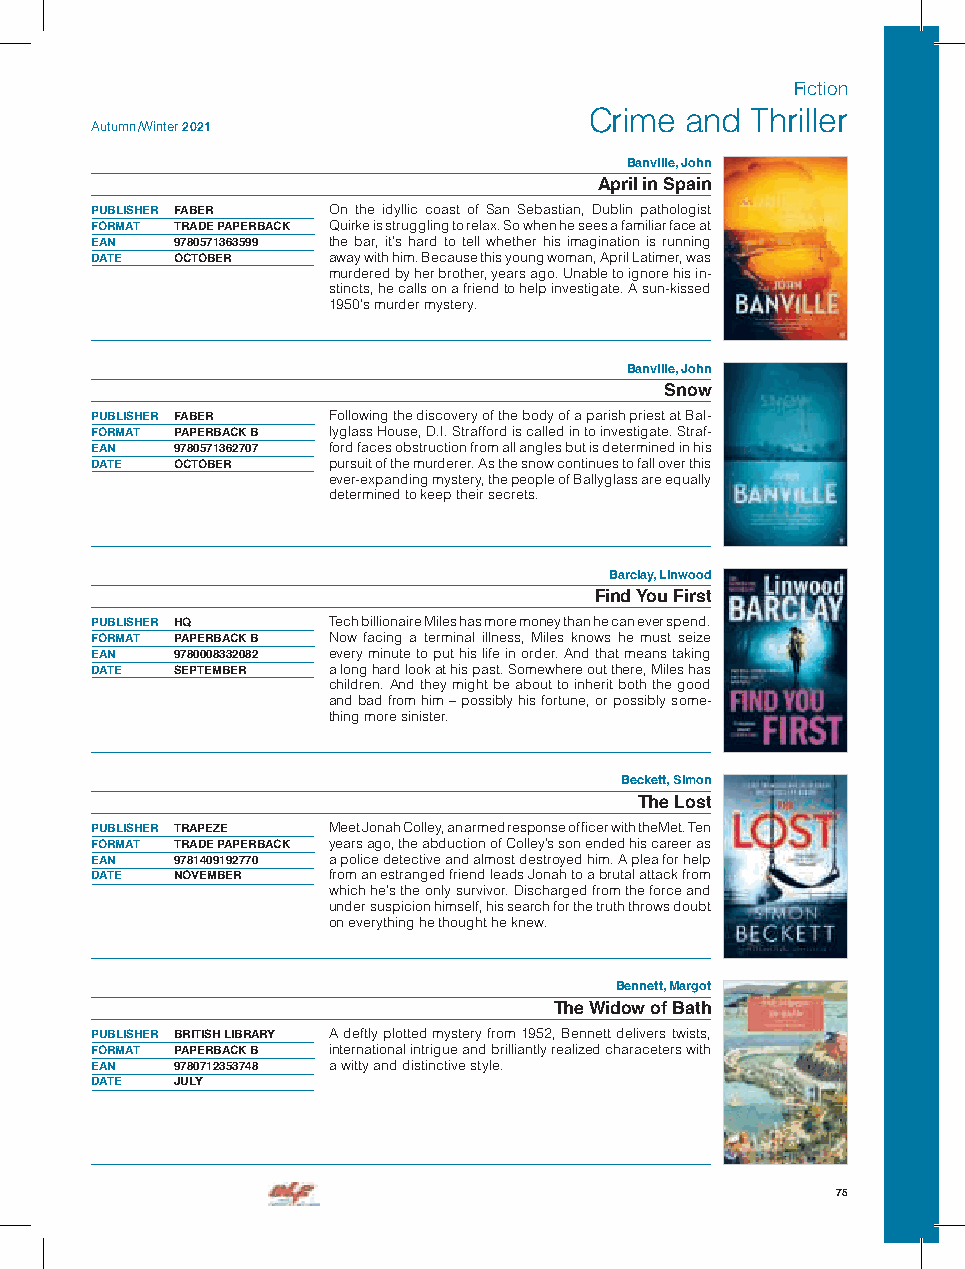
Fiction
 Crime and  Thriller
 Autumn /Winter 2021
 Banville, John
 April in Spain
 PUBLISHER FABER On the idyllic coast of San Sebastian, Dublin pathologist
 FORMAT TRADE PAPERBACK Quirke is struggling to relax. So when he sees a familiar face at
 EAN  9780571363599 the bar, it’s hard to tell whether his imagination is running
 DATE OCTOBER    away with him. Because this young woman, April Latimer, was
 murdered by her brother, years ago. Unable to ignore his in-
 stincts, he calls on a friend to help investigate. A sun-kissed
 1950’s murder mystery.
 Banville, John
 Snow
 PUBLISHER FABER Following the discovery of the body of a parish priest at Bal-
 FORMAT PAPERBACK B lyglass House, D.I. Strafford is called in to investigate. Straf-
 EAN  9780571362707 ford faces obstruction from all angles but is determined in his
 DATE OCTOBER    pursuit of the murderer. As the snow continues to fall over this
 ever-expanding mystery, the people of Ballyglass are equally
 determined to keep their secrets.
 Barclay, Linwood
 Find You First
 PUBLISHER HQ    Tech billionaire Miles has more money than he can ever spend.
 FORMAT PAPERBACK B Now facing a terminal illness, Miles knows he must seize
 EAN  9780008332082 every minute to put his life in order. And that means taking
 DATE SEPTEMBER  a long hard look at his past. Somewhere out there, Miles has
 children. And they might be about to inherit both the good
 and bad from him – possibly his fortune, or possibly some-
 thing more sinister.
 Beckett, Simon
 The Lost
 PUBLISHER TRAPEZE Meet Jonah Colley, an armed response officer with the Met. Ten
 FORMAT TRADE PAPERBACK years ago, the abduction of Colley’s son ended his career as
 EAN  9781409192770 a police detective and almost destroyed him. A plea for help
 DATE NOVEMBER   from an estranged friend leads Jonah to a brutal attack from
 which he’s the only survivor. Discharged from the force and
 under suspicion himself, his search for the truth throws doubt
 on everything he thought he knew.
 Bennett, Margot
 The Widow of Bath
 PUBLISHER BRITISH LIBRARY A deftly plotted mystery from 1952, Bennett delivers twists,
 FORMAT PAPERBACK B international intrigue and brilliantly realized characeters with
 EAN  9780712353748 a witty and distinctive style.
 DATE JULY
 75